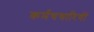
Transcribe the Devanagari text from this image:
कर्मचचारियों